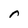
Character: r